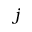
j